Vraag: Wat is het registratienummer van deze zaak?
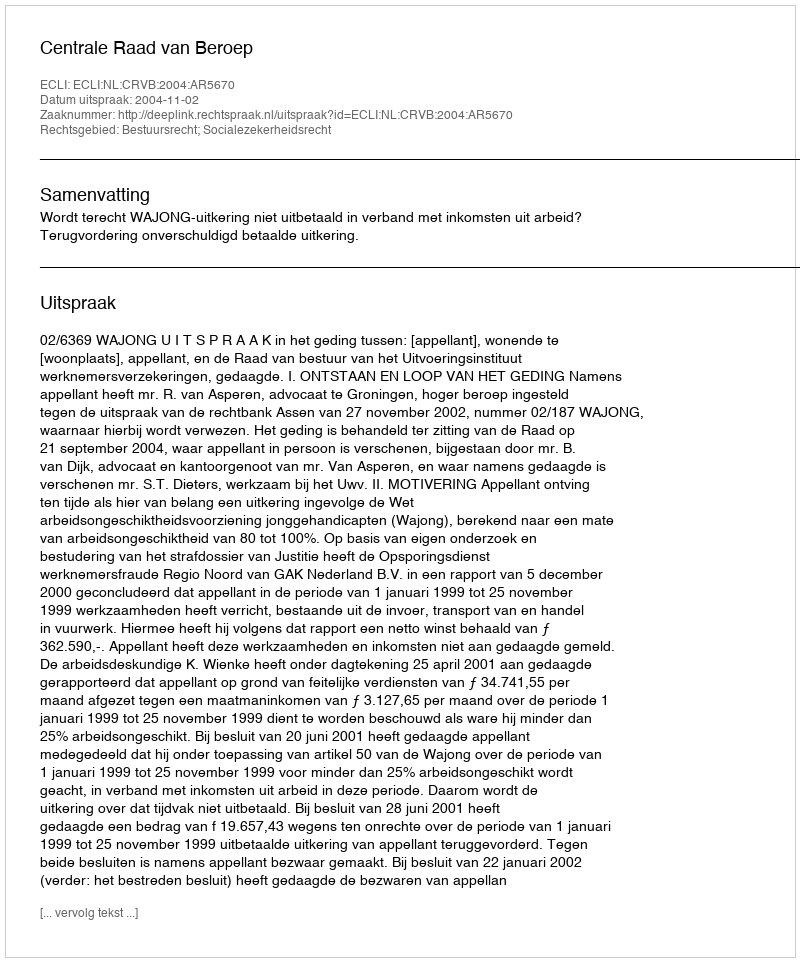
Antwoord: http://deeplink.rechtspraak.nl/uitspraak?id=ECLI:NL:CRVB:2004:AR5670